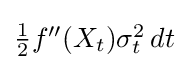
{\textstyle {\frac {1}{2}}f''(X_{t})\sigma _{t}^{2}\,dt}